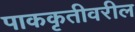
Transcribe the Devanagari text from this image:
पाककृतीवरील